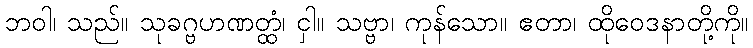
ဘဝါ၊ သည်။ သုခဂ္ဗဟဏတ္ထံ၊ ငှါ။ သဗ္ဗာ၊ ကုန်သော။ ဧတာ၊ ထိုဝေဒနာတို့ကို။